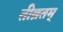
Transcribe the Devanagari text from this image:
तीब्रतम्